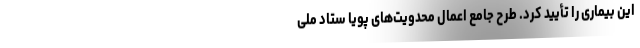
این بیماری را تأیید کرد. طرح جامع اعمال محدویت‌های پویا ستاد ملی